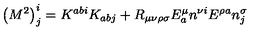
\left( M ^ { 2 } \right) _ { j } ^ { i } = K ^ { a b i } K _ { a b j } + R _ { \mu \nu \rho \sigma } E _ { a } ^ { \mu } n ^ { \nu i } E ^ { \rho a } n _ { j } ^ { \sigma }